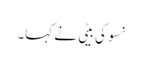
نسو کی بیٹی نے کہا۔